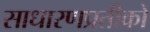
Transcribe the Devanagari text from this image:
साधारणप्रतीकों